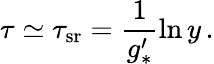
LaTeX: \tau\simeq\tau_{\mathrm{sr}}=\frac{1}{g_{*}^{\prime}}\ln y\, .